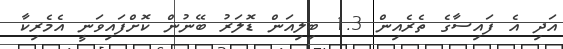
އަދި އެ ފައިސާގެ ތެރެއިން 1.3 ބިލިއަން ޑޮލަރު ބޭނުން ކޮށްފައިވަނީ އެމެރިކާ